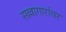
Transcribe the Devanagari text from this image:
सल्लागारांवर